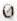
0